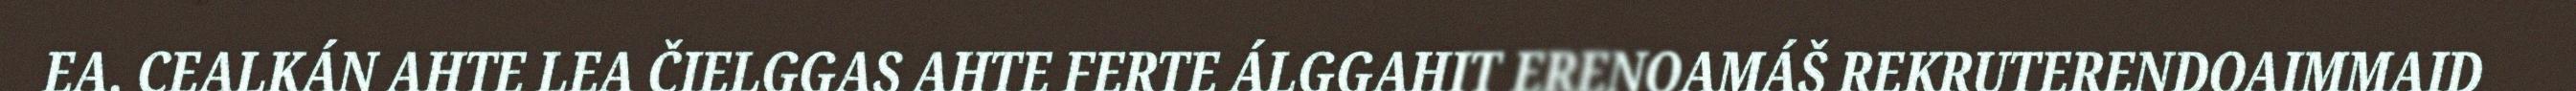
EA. CEALKÁN AHTE LEA ČIELGGAS AHTE FERTE ÁLGGAHIT ERENOAMÁŠ REKRUTERENDOAIMMAID